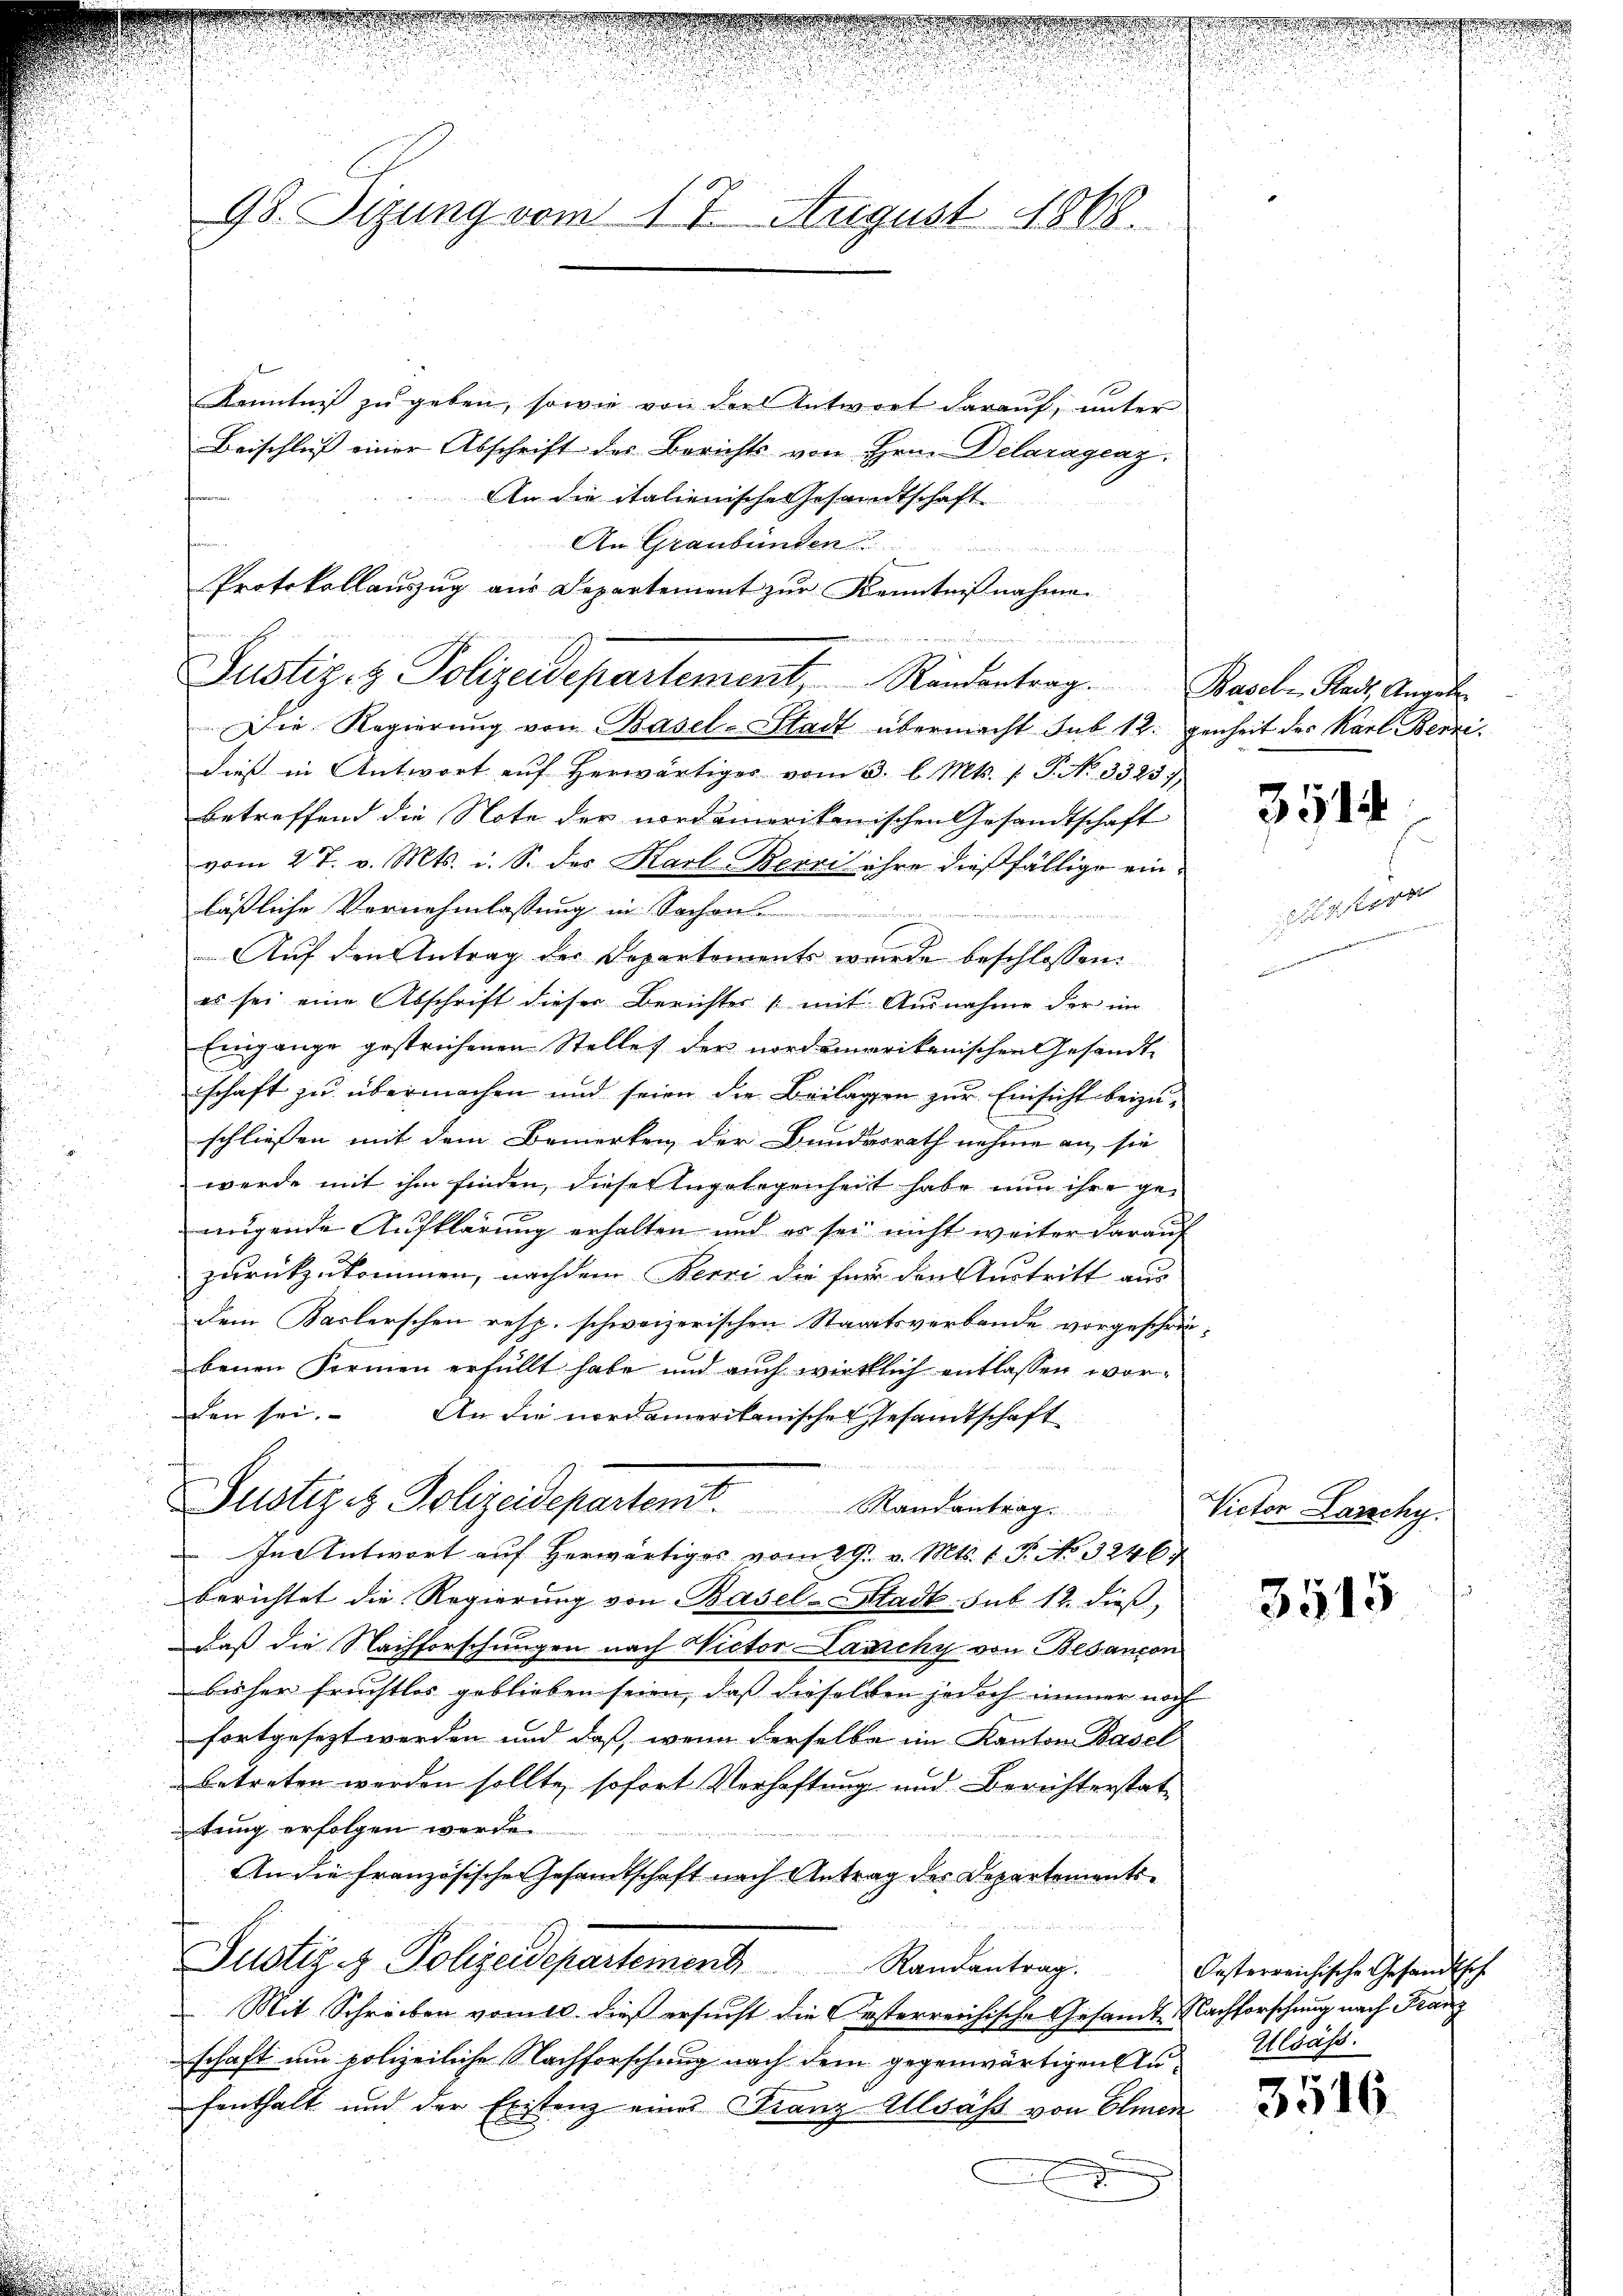
98. Sizung vom 17. August 1868.

i
u
Kenntnis zu geben, sowie von der Antwort darauf, unter
Beischluß einer Abschrift des Berichts von Hrn. Delaragenz.
An die italienische Gesandtschaft
n
Die Regierŭng von Basel-Stadt übermacht sub 12. genheit des Karl Benzidies in Antwort aŭf herwärtiges vom 3. l. Mts. 1. P. No. 33237)
betreffend die Note der nordamerikanischen Gesandtschaft
vom 27. v. Mts. i. S. des Karl-Berei ihre dießfällige einläßliche Vernehmlassung in Sachen
Auf den Antrag der Departements wurde beschlossen:
3
.
es sei eine Abschrift dieser Berichter 1 mit Ausnahme der im
Eingange gestrichenen Stelle der nordemarikanischen Gesandt-
schaft zu übermachen und seien die Beilagen zur Einsicht beizuschliessen mit dem Bemerken der Bundesrath nehme an sie
i
werde mit ihm finden, diese Angelegenheit habe nun ihre genügende Aufklärung erhalten und es sei nicht weiter darauf
zurückzukommen, nachdem Berni die für den Austritt aus
u
dem Kaslerschen resp. schweizerischen Staatsverbande vorgeschrie-
benen Formen erfüllt habe und auch wirklich entlassen worden sei.
An die nordamerikanischen Gesandtschaft
i
Justiz & Polizeidepartent. Randantrag
u
In Antwort auf herwärtiges vom 29. v. Mts. 1. P. No 3246.
berichtet die Regierung von Basel-Stadt sub. 12. dieß,
daß die Nachforschungen nach Victor Lamchy von Besançon
u
bisher fruchtlos geblieben seien, daß dieselben jedoch immer noch
u
fortgesezt werden und daß, wenn derselbe im Kanton Basel
betreten werden sollte, sofort Verhaftung und Berichterstattung erfolgen werde.
An die Französische Gesandtschaft nach Antrag des Departements¬

Justiz & Polizeidepartement Randantrag. Oesterreichische Gesandtsche
Mit Schreiben vom 10. dieß ersucht die Gesterreichische Gesandte Nachforschung nach Franz
schaft um polizeiliche Nachforschung nach dem gegenwärtigen Anfenthalt und der Existenz eine Franz Allsäss von Olmen

An Graubünden
Protokollauszug aus Departement zur Kenntnißnahmen
Justiz- & Polizeidepartement, Randantrag. Basel Radt, Anerk

ung
.

.

3514

Victor Lasschy.

3515

Alsass.

3516.

lsterr